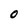
Character: O